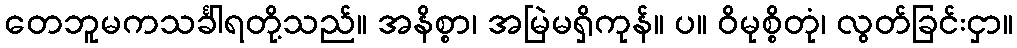
တေဘူမကသင်္ခါရတို့သည်။ အနိစ္စာ၊ အမြဲမရှိကုန်။ ပ။ ဝိမုစ္စိတုံ၊ လွတ်ခြင်းငှာ။